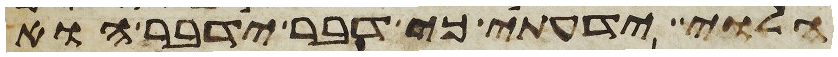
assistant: הלוי ידעתי כי דבר ידבר הוא